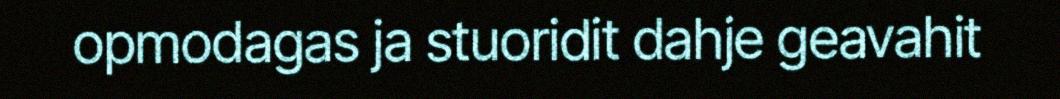
opmodagas ja stuoridit dahje geavahit